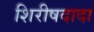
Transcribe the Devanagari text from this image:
शिरीषदादा